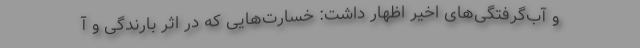
و آب‌گرفتگی‌های اخیر اظهار داشت: خسارت‌هایی که در اثر بارندگی و آ